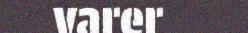
varer